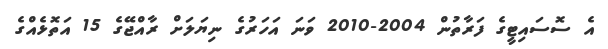
އެ ސޮސައިޓީގެ ފަރާތުން 2004-2010 ވަނަ އަހަރުގެ ނިޔަލަށް ރާއްޖޭގެ 15 އަތޮޅެއްގެ